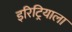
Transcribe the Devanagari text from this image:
इरिट्रियाला